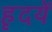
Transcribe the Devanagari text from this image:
हृदयें